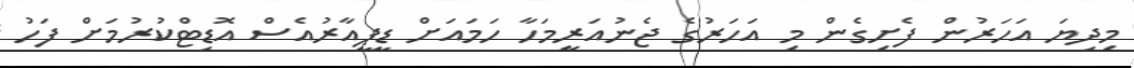
މިދިޔަ އަހަރުން ފެށިގެން މި އަހަރުގެ ޖެނުއަރީމަހާ ހަމައަށް ޑީޕީއާރުއެސް އޮޑިޓްކުރުމަށް ފަހު